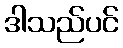
ဒါသည်ပင်